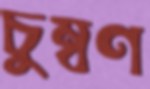
চুম্বণ